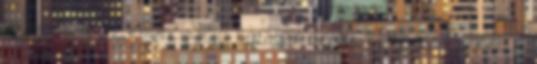
században, az emancipáció korában derült ki, hogy ezeket a